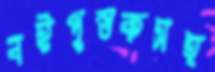
বইপুস্তকসহ